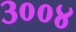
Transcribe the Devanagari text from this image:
३००४